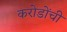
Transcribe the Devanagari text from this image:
करोडोंची